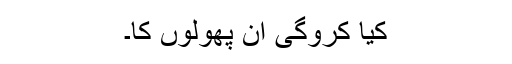
کیا کروگی ان پھولوں کا۔